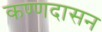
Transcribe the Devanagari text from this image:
कण्णदासन